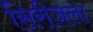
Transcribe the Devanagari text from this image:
सिरीजला